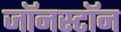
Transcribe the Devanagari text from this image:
जॉनस्टॉन